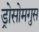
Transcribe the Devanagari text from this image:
ड्रोसोमगुस